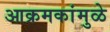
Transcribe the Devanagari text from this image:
आक्रमकांमुळे